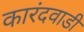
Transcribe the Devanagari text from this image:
कारंदवाडी